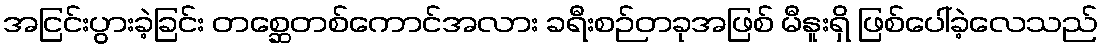
အငြင်းပွားခဲ့ခြင်း တစ္ဆေတစ်ကောင်အလား ခရီးစဉ်တခုအဖြစ် မီနူးရှိ ဖြစ်ပေါ်ခဲ့လေသည်